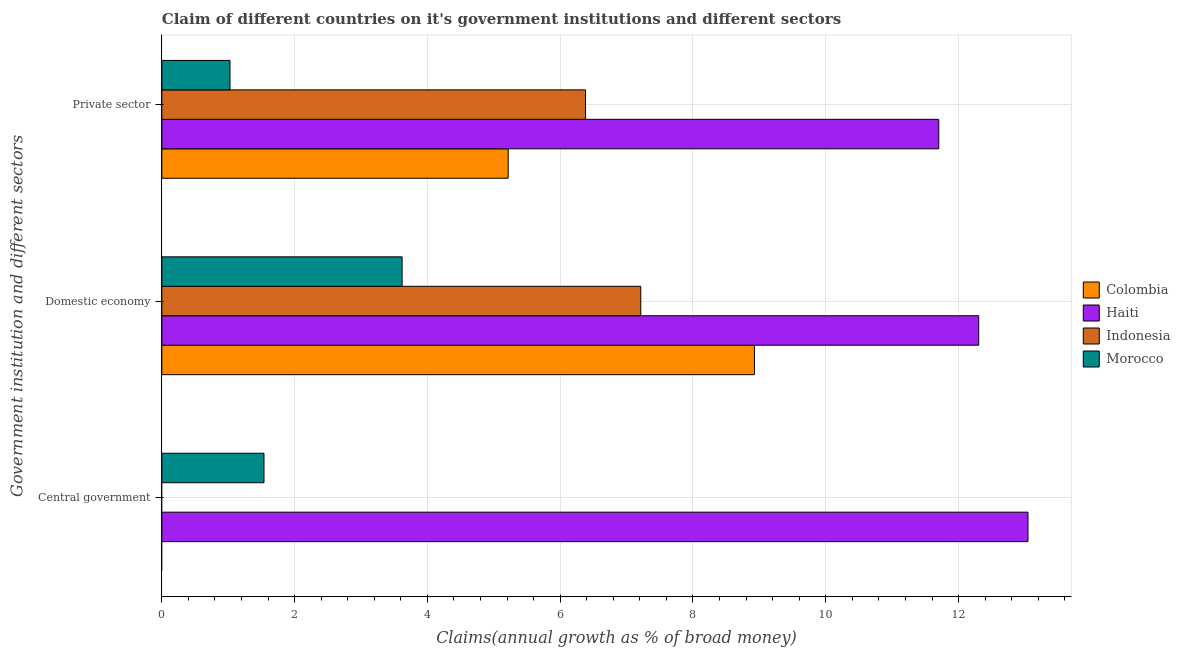
| Government institution and different sectors | Colombia | Haiti | Indonesia | Morocco |
 | --- | --- | --- | --- | --- |
 | Central government | -14.3 | 13 | -0.328 | 1.54 |
 | Domestic economy | 8.93 | 12.3 | 7.21 | 3.62 |
 | Private sector | 5.22 | 11.7 | 6.38 | 1.03 |